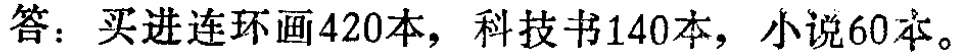
答：买进连环画\(420\)本，科技书\(140\)本，小说\(60\)本。